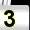
Digit: 3